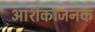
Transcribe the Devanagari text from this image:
आशंकाजनक